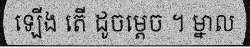
ឡើង តើ ដូចម្តេច ។ ម្នាល